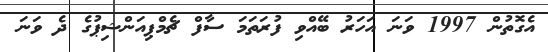
އެގޮތުން 1997 ވަނަ އަހަރު ބޭއްވި ފުރަތަމަ ސާފް ޗެމްޕިއަންޝިޕުގެ ދެ ވަނަ